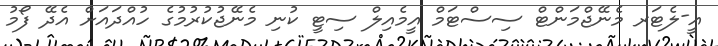
އީ-ލެޓަރ މެނޭޖްމަންޓް ސިސްޓަމް އީމެއިލް ސިޓީ ކުނި މެނޭޖުކުރުމުގެ ހުއްދައަށް އެދޭ ފޯމު